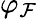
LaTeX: \varphi_{\mathcal{F}}